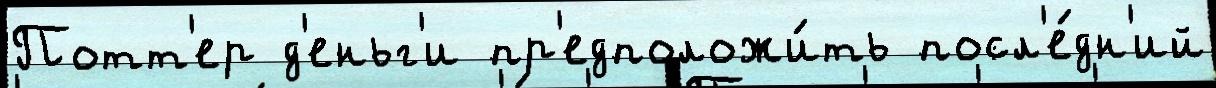
Потт'ер д'еньг'и пр'едположи́ть посл'е́дн'ий